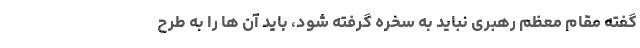
گفته مقام معظم رهبری نباید به سخره گرفته شود، باید آن ها را به طرح